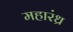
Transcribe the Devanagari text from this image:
महारंध्र